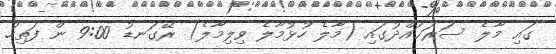
ގައި މާލެ ސަރަޙައްދުގައި (މާލެ ހުޅުމާލެ ވިލިމާލެ) ރޭގަނޑު 9:00 ން ފަތިހު